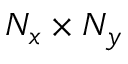
N _ { x } \times N _ { y }